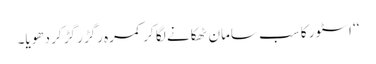
‘‘ اسٹور کا سب سامان ٹھکانے لگا کر کمرہ رگڑ رگڑ کر دھویا۔